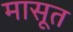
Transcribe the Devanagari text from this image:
मासूत